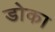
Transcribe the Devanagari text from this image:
डोका